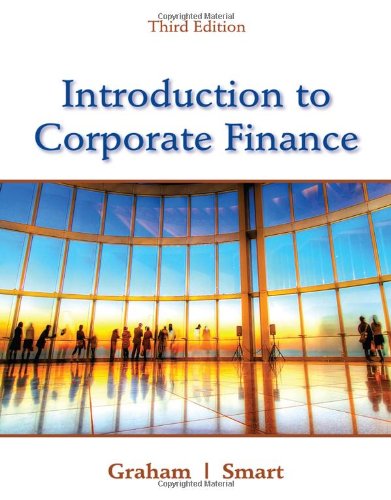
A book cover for Introduction to Corporate Finance: What Companies Do (with CourseMate, 1 term (6 months) Printed Access Card and Thomson ONE Business School Edition 6-month Printed Access Card); John Graham; Business & Money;